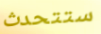
ستتحدث